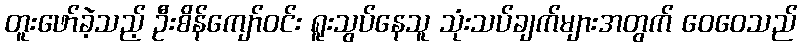
တူးဖော်ခဲ့သည့် ဦးစိန်ကျော်ဝင်း ရူးသွပ်နေသူ သုံးသပ်ချက်များအတွက် ဝေဝေသည်